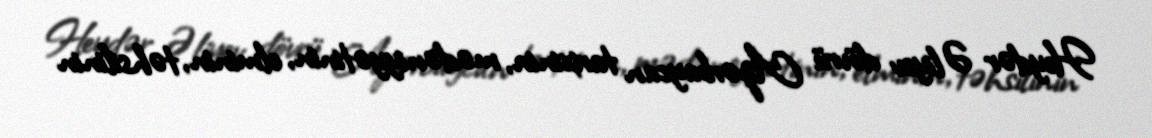
Heydər Əliyev dövrü Azərbaycan tarixinin, mədəniyyətinin, elminin, təhsilinin